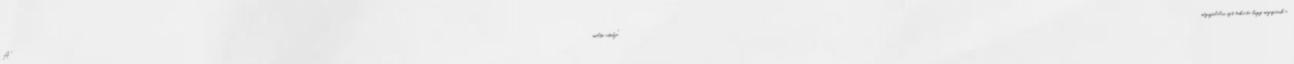
A "méltó utódja" megszólalás azt takarta hogy megszűnik a